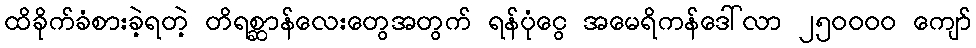
ထိခိုက်ခံစားခဲ့ရတဲ့ တိရစ္ဆာန်လေးတွေအတွက် ရန်ပုံငွေ အမေရိကန်ဒေါ်လာ ၂၅၀၀၀၀ ကျော်